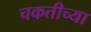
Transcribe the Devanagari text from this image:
चकतीच्या